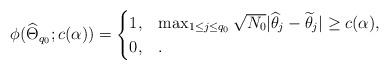
LaTeX: \begin{align*}\phi(\widehat{\Theta}_{q_0};c(\alpha))=\begin{cases}1,&\max_{1\leq j\leq q_0}\sqrt{N_0}|\widehat{\theta}_{j}-\widetilde{\theta}_j|\geq c(\alpha), \\0,&. \end{cases}\end{align*}